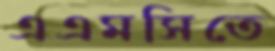
এএমসিতে